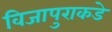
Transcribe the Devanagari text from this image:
विजापुराकडे